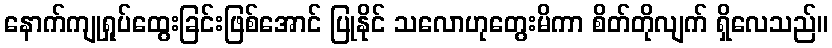
နောက်ကျုရှုပ်ထွေးခြင်းဖြစ်အောင် ပြုနိုင် သလောဟုတွေးမိကာ စိတ်တိုလျက် ရှိလေသည်။